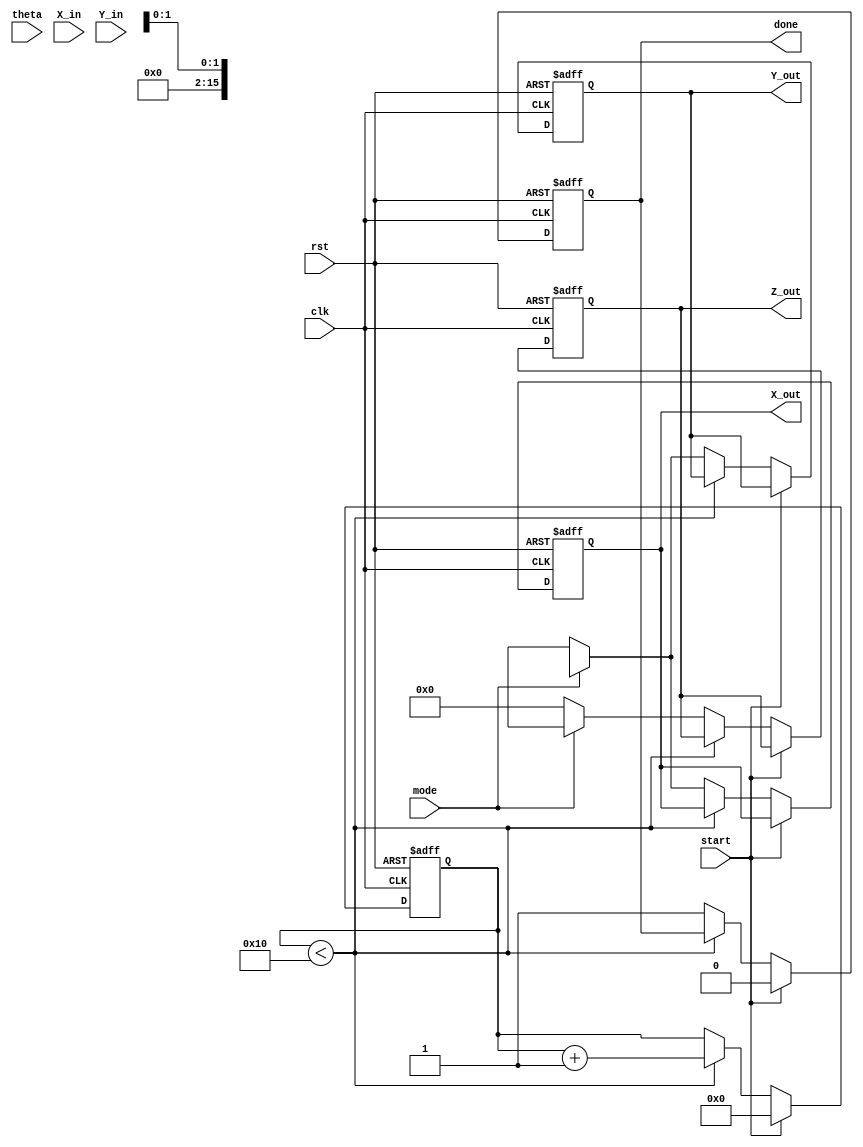
module cordic_fixed_point #(
    parameter WORD_LENGTH = 16, // Total number of bits
    parameter FRACTIONAL_BITS = 14, // Number of bits for fractional part
    parameter ITERATIONS = 16 // Number of iterations for CORDIC
)(
    input wire clk, // Clock signal
    input wire rst, // Reset signal
    input wire start, // Start signal
    input wire mode, // Mode select (0: rotation, 1: vectoring)
    input wire signed [WORD_LENGTH-1:0] theta, // Angle input (fixed-point)
    input wire signed [WORD_LENGTH-1:0] X_in, // Initial X input
    input wire signed [WORD_LENGTH-1:0] Y_in, // Initial Y input
    output reg signed [WORD_LENGTH-1:0] X_out, // X output
    output reg signed [WORD_LENGTH-1:0] Y_out, // Y output
    output reg signed [WORD_LENGTH-1:0] Z_out, // Z output (for vectoring mode)
    output reg done // Done signal
);
    // Internal variables
    reg signed [WORD_LENGTH-1:0] x [0:ITERATIONS-1];
    reg signed [WORD_LENGTH-1:0] y [0:ITERATIONS-1];
    reg signed [WORD_LENGTH-1:0] z [0:ITERATIONS-1];
    reg [4:0] iter; // Iteration counter
    reg [WORD_LENGTH-1:0] angle_table [0:ITERATIONS-1]; // Precomputed arctangent values
    reg signed [WORD_LENGTH-1:0] K; // Scaling factor

    // Initialize arctangent values and scaling factor
    initial begin
        angle_table[0] = 16'h2000; // arctan(2^-0)
        angle_table[1] = 16'h1000; // arctan(2^-1)
        angle_table[2] = 16'h0800; // arctan(2^-2)
        angle_table[3] = 16'h0400; // arctan(2^-3)
        angle_table[4] = 16'h0200; // arctan(2^-4)
        angle_table[5] = 16'h0100; // arctan(2^-5)
        angle_table[6] = 16'h0080; // arctan(2^-6)
        angle_table[7] = 16'h0040; // arctan(2^-7)
        angle_table[8] = 16'h0020; // arctan(2^-8)
        angle_table[9] = 16'h0010; // arctan(2^-9)
        angle_table[10] = 16'h0008; // arctan(2^-10)
        angle_table[11] = 16'h0004; // arctan(2^-11)
        angle_table[12] = 16'h0002; // arctan(2^-12)
        angle_table[13] = 16'h0001; // arctan(2^-13)
        angle_table[14] = 16'h0000; // arctan(2^-14) (0)
        angle_table[15] = 16'h0000; // arctan(2^-15) (0)
        K = 16'h26D3; // Scaling factor for 16 iterations (approx 0.6072)
    end

    // CORDIC computation
    always @(posedge clk or posedge rst) begin
        if (rst) begin
            X_out <= 0;
            Y_out <= 0;
            Z_out <= 0;
            done <= 0;
            iter <= 0;
        end else if (start) begin
            // Initialize inputs
            x[0] <= X_in;
            y[0] <= Y_in;
            z[0] <= (mode == 1'b1) ? 0 : theta; // Set Z to zero in rotation mode
            iter <= 0;
            done <= 0;
        end else if (iter < ITERATIONS) begin
            // CORDIC rotation/vectoring logic
            if (z[iter] < 0) begin
                // Rotation in counter-clockwise direction
                x[iter + 1] <= x[iter] + (y[iter] >>> iter);
                y[iter + 1] <= y[iter] - (x[iter] >>> iter);
                z[iter + 1] <= z[iter] + angle_table[iter];
            end else begin
                // Rotation in clockwise direction
                x[iter + 1] <= x[iter] - (y[iter] >>> iter);
                y[iter + 1] <= y[iter] + (x[iter] >>> iter);
                z[iter + 1] <= z[iter] - angle_table[iter];
            end
            iter <= iter + 1;
        end else begin
            // Final output assignment
            X_out <= (mode == 1'b1) ? (x[ITERATIONS] * K) >>> FRACTIONAL_BITS : x[ITERATIONS];
            Y_out <= (mode == 1'b1) ? (y[ITERATIONS] * K) >>> FRACTIONAL_BITS : y[ITERATIONS];
            Z_out <= (mode == 1'b1) ? z[ITERATIONS] : 0; // Only valid in vectoring mode
            done <= 1;
        end
    end
endmodule